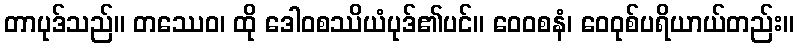
တာပုဒ်သည်။ တဿေဝ၊ ထို ဒေါဝစဿိယံပုဒ်၏ပင်။ ဝေဝစနံ၊ ဝေဝုစ်ပရိယာယ်တည်း။